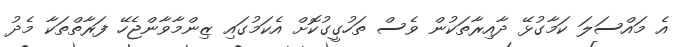
އެ މައްސަލަ ކަމާގުޅޭ ދާއިރާތަކުން ވެސް ތަހުގީގުކޮށް އެކަމުގައި ޒިންމާވާންޖެހޭ ފަރާތްތަކާ މެދު